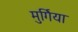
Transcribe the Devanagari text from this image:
मुर्गिया